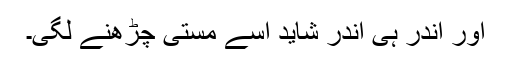
اور اندر ہی اندر شاید اسے مستی چڑھنے لگی۔